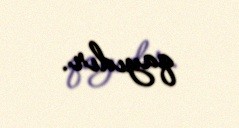
qayıdır.